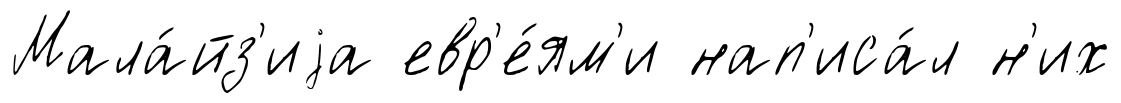
Мала́йз'иjа евр'е́ям'и нап'иса́л н'их